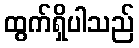
ထွက်ရှိပါသည်